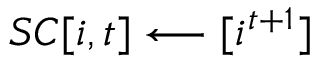
S C [ i , t ] \longleftarrow { [ i ^ { t + 1 } ] }